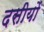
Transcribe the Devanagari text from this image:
दसीयों